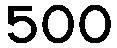
500